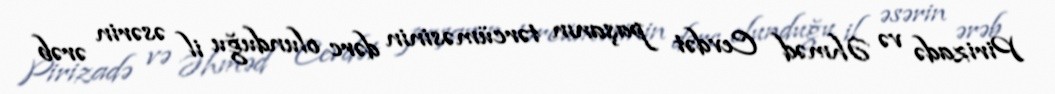
Pirizadə və Əhməd Cevdət paşanın tərcüməsinin dərc olunduğu il əsərin ərəb